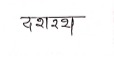
मजकूर: दशरथ